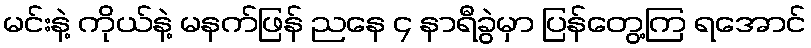
မင်းနဲ့ ကိုယ်နဲ့ မနက်ဖြန် ညနေ ၄ နာရီခွဲမှာ ပြန်တွေ့ကြ ရအောင်